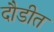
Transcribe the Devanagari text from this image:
दौडीत